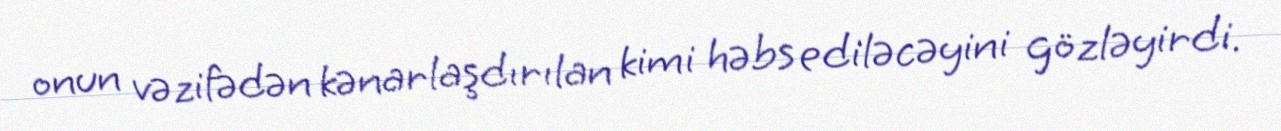
onun vəzifədən kənarlaşdırılan kimi həbs ediləcəyini gözləyirdi.